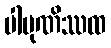
ပါပုဏိဿထ